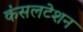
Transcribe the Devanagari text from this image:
कंसलटेशन